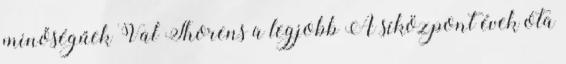
minőségűek Val Thorens a legjobb A síközpont évek óta